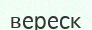
вереск